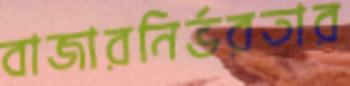
বাজারনির্ভরতার